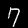
Label: 7